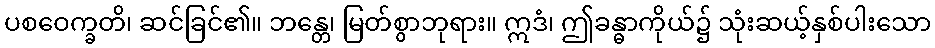
ပစဝေက္ခတိ၊ ဆင်ခြင်၏။ ဘန္တေ၊ မြတ်စွာဘုရား။ ဣဒံ၊ ဤခန္ဓာကိုယ်၌ သုံးဆယ့်နှစ်ပါးသော